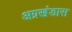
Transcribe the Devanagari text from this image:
अग्रखंडास